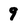
Character: 9